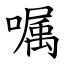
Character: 嘱